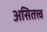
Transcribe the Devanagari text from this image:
असितत्त्व